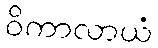
ဝိကာလာယံ